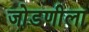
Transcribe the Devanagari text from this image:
जोडणीला